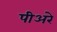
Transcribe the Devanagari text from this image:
पीअरे